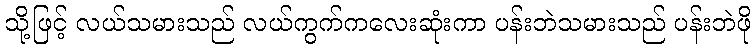
သို့ဖြင့် လယ်သမားသည် လယ်ကွက်ကလေးဆုံးကာ ပန်းဘဲသမားသည် ပန်းဘဲဖို